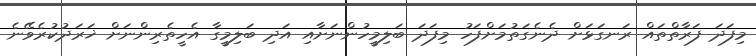
މިފަދަ ފަރާތްތައް ރަނގަޅަށް ދެނެގަތުމަށްފަހު މިފަދަ ބަލިމީހުންނަށާއި އަދި ބަލިމީގާ އެހީތެރިންނަށް ޚަރަދުކުރެވޭނެ